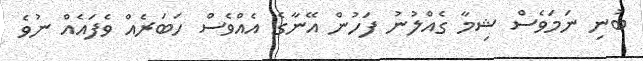
ބުނި ނަމަވެސް ޝިމާ ގެއްލުނު ފަހުން އޭނާގެ އެއްވެސް ހަބަރެއް ވެފައެއް ނުވެ